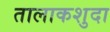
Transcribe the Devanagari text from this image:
तालाकशुदा